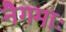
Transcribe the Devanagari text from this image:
नैगमाः